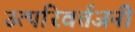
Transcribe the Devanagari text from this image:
उत्परिवर्तजनी